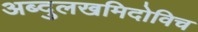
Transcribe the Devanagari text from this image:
अब्दुलखमिदोविच